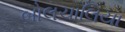
બોલચાલિયા